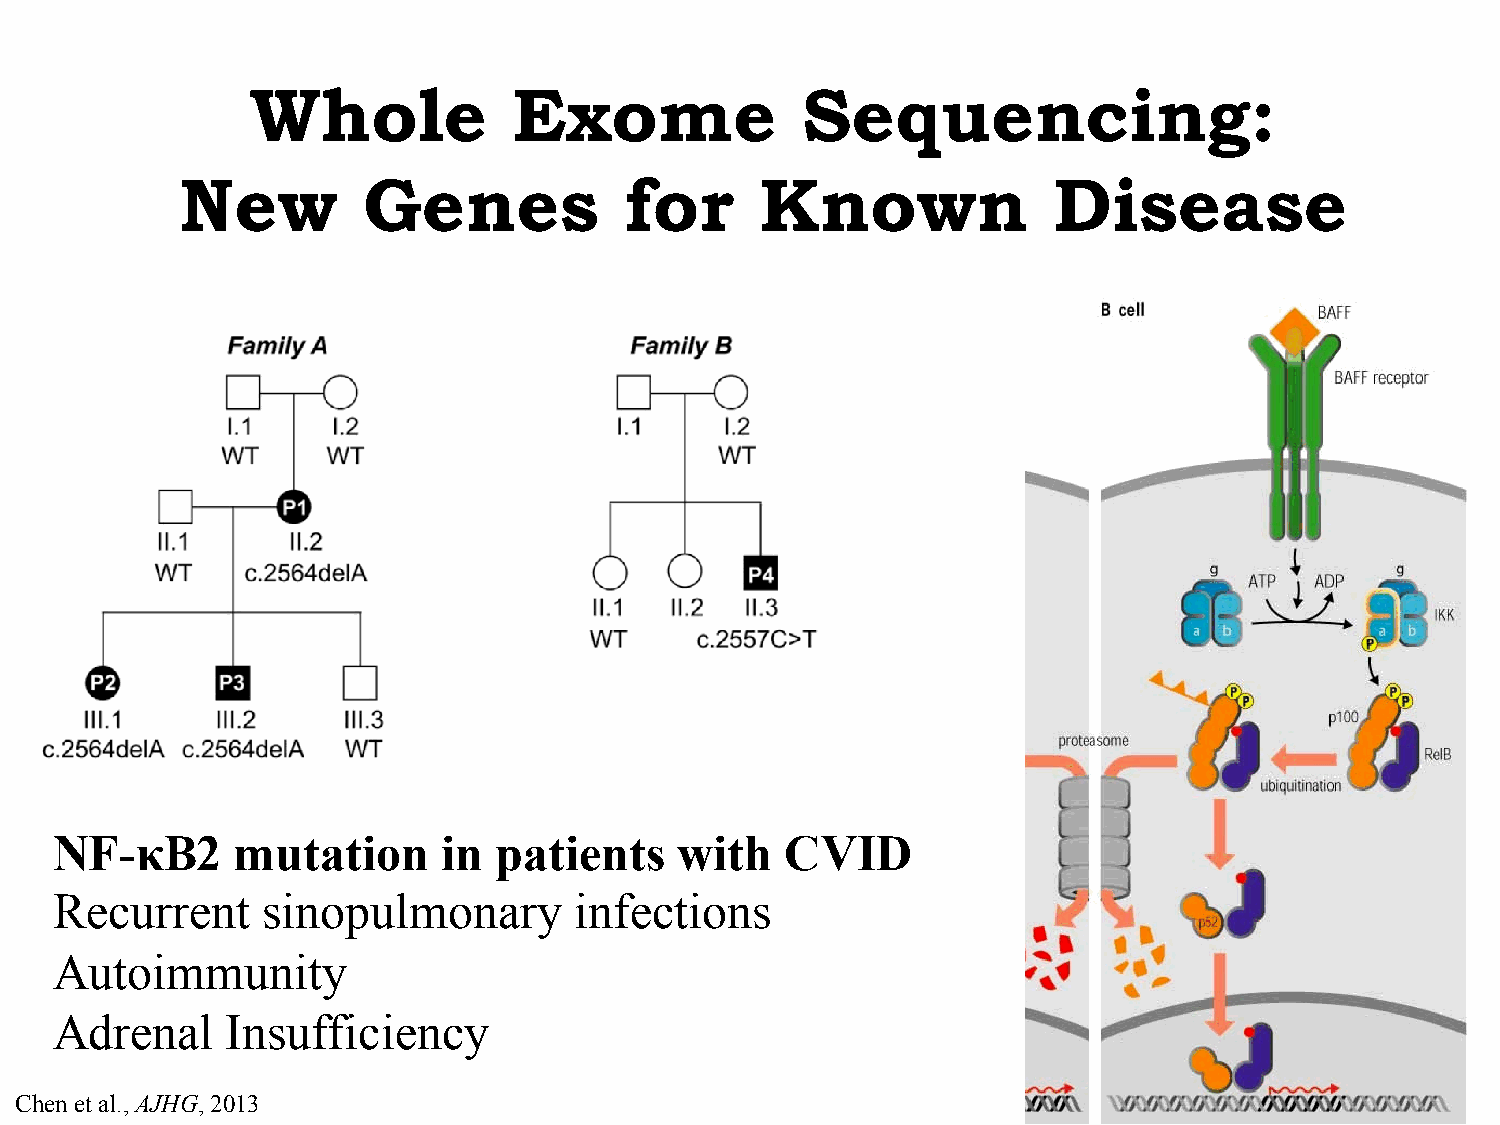
Whole            Exome              Sequencing:
 New         Genes            for      Known               Disease
 NF-κB2       mutation     in  patients    with   CVID
 Recurrent     sinopulmonary        infections
 Autoimmunity
 Adrenal     Insufficiency
 Chen et al., AJHG, 2013